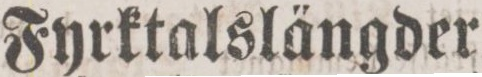
Fyrktalslängder,